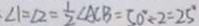
\angle 1 = \angle 2 = \frac { 1 } { 2 } \angle A C B = 5 0 ^ { \circ } \div 2 = 2 5 ^ { \circ }